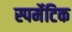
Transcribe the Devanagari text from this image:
स्पर्मेटिक